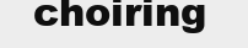
choiring